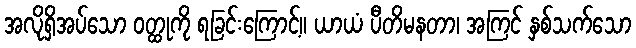
အလိုရှိအပ်သော ဝတ္ထုကို ရခြင်းကြောင့်။ ယာယံ ပီတိမနတာ၊ အကြင် နှစ်သက်သော